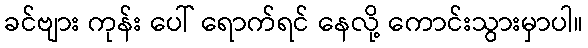
ခင်ဗျား ကုန်း ပေါ် ရောက်ရင် နေလို့ ကောင်းသွားမှာပါ။